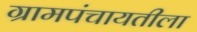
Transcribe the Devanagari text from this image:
ग्रामपंचायतीला